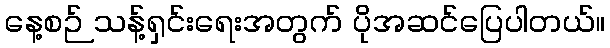
နေ့စဉ် သန့်ရှင်းရေးအတွက် ပိုအဆင်ပြေပါတယ်။